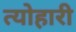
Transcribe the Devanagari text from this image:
त्योहारी